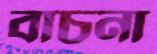
বাচনা